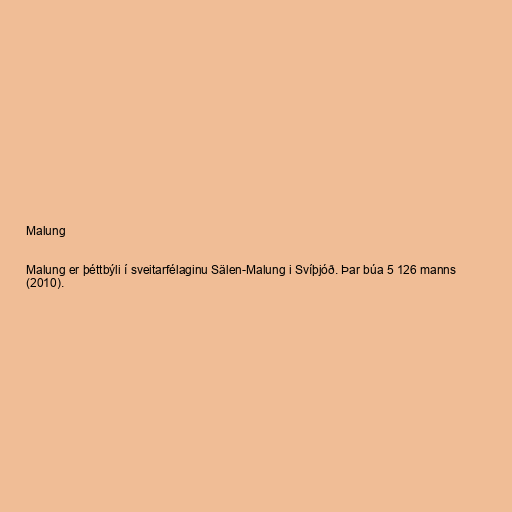
Malung

Malung er þéttbýli í sveitarfélaginu Sälen-Malung i Svíþjóð. Þar búa 5 126 manns
(2010).